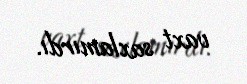
vaxt saxlamırdı.